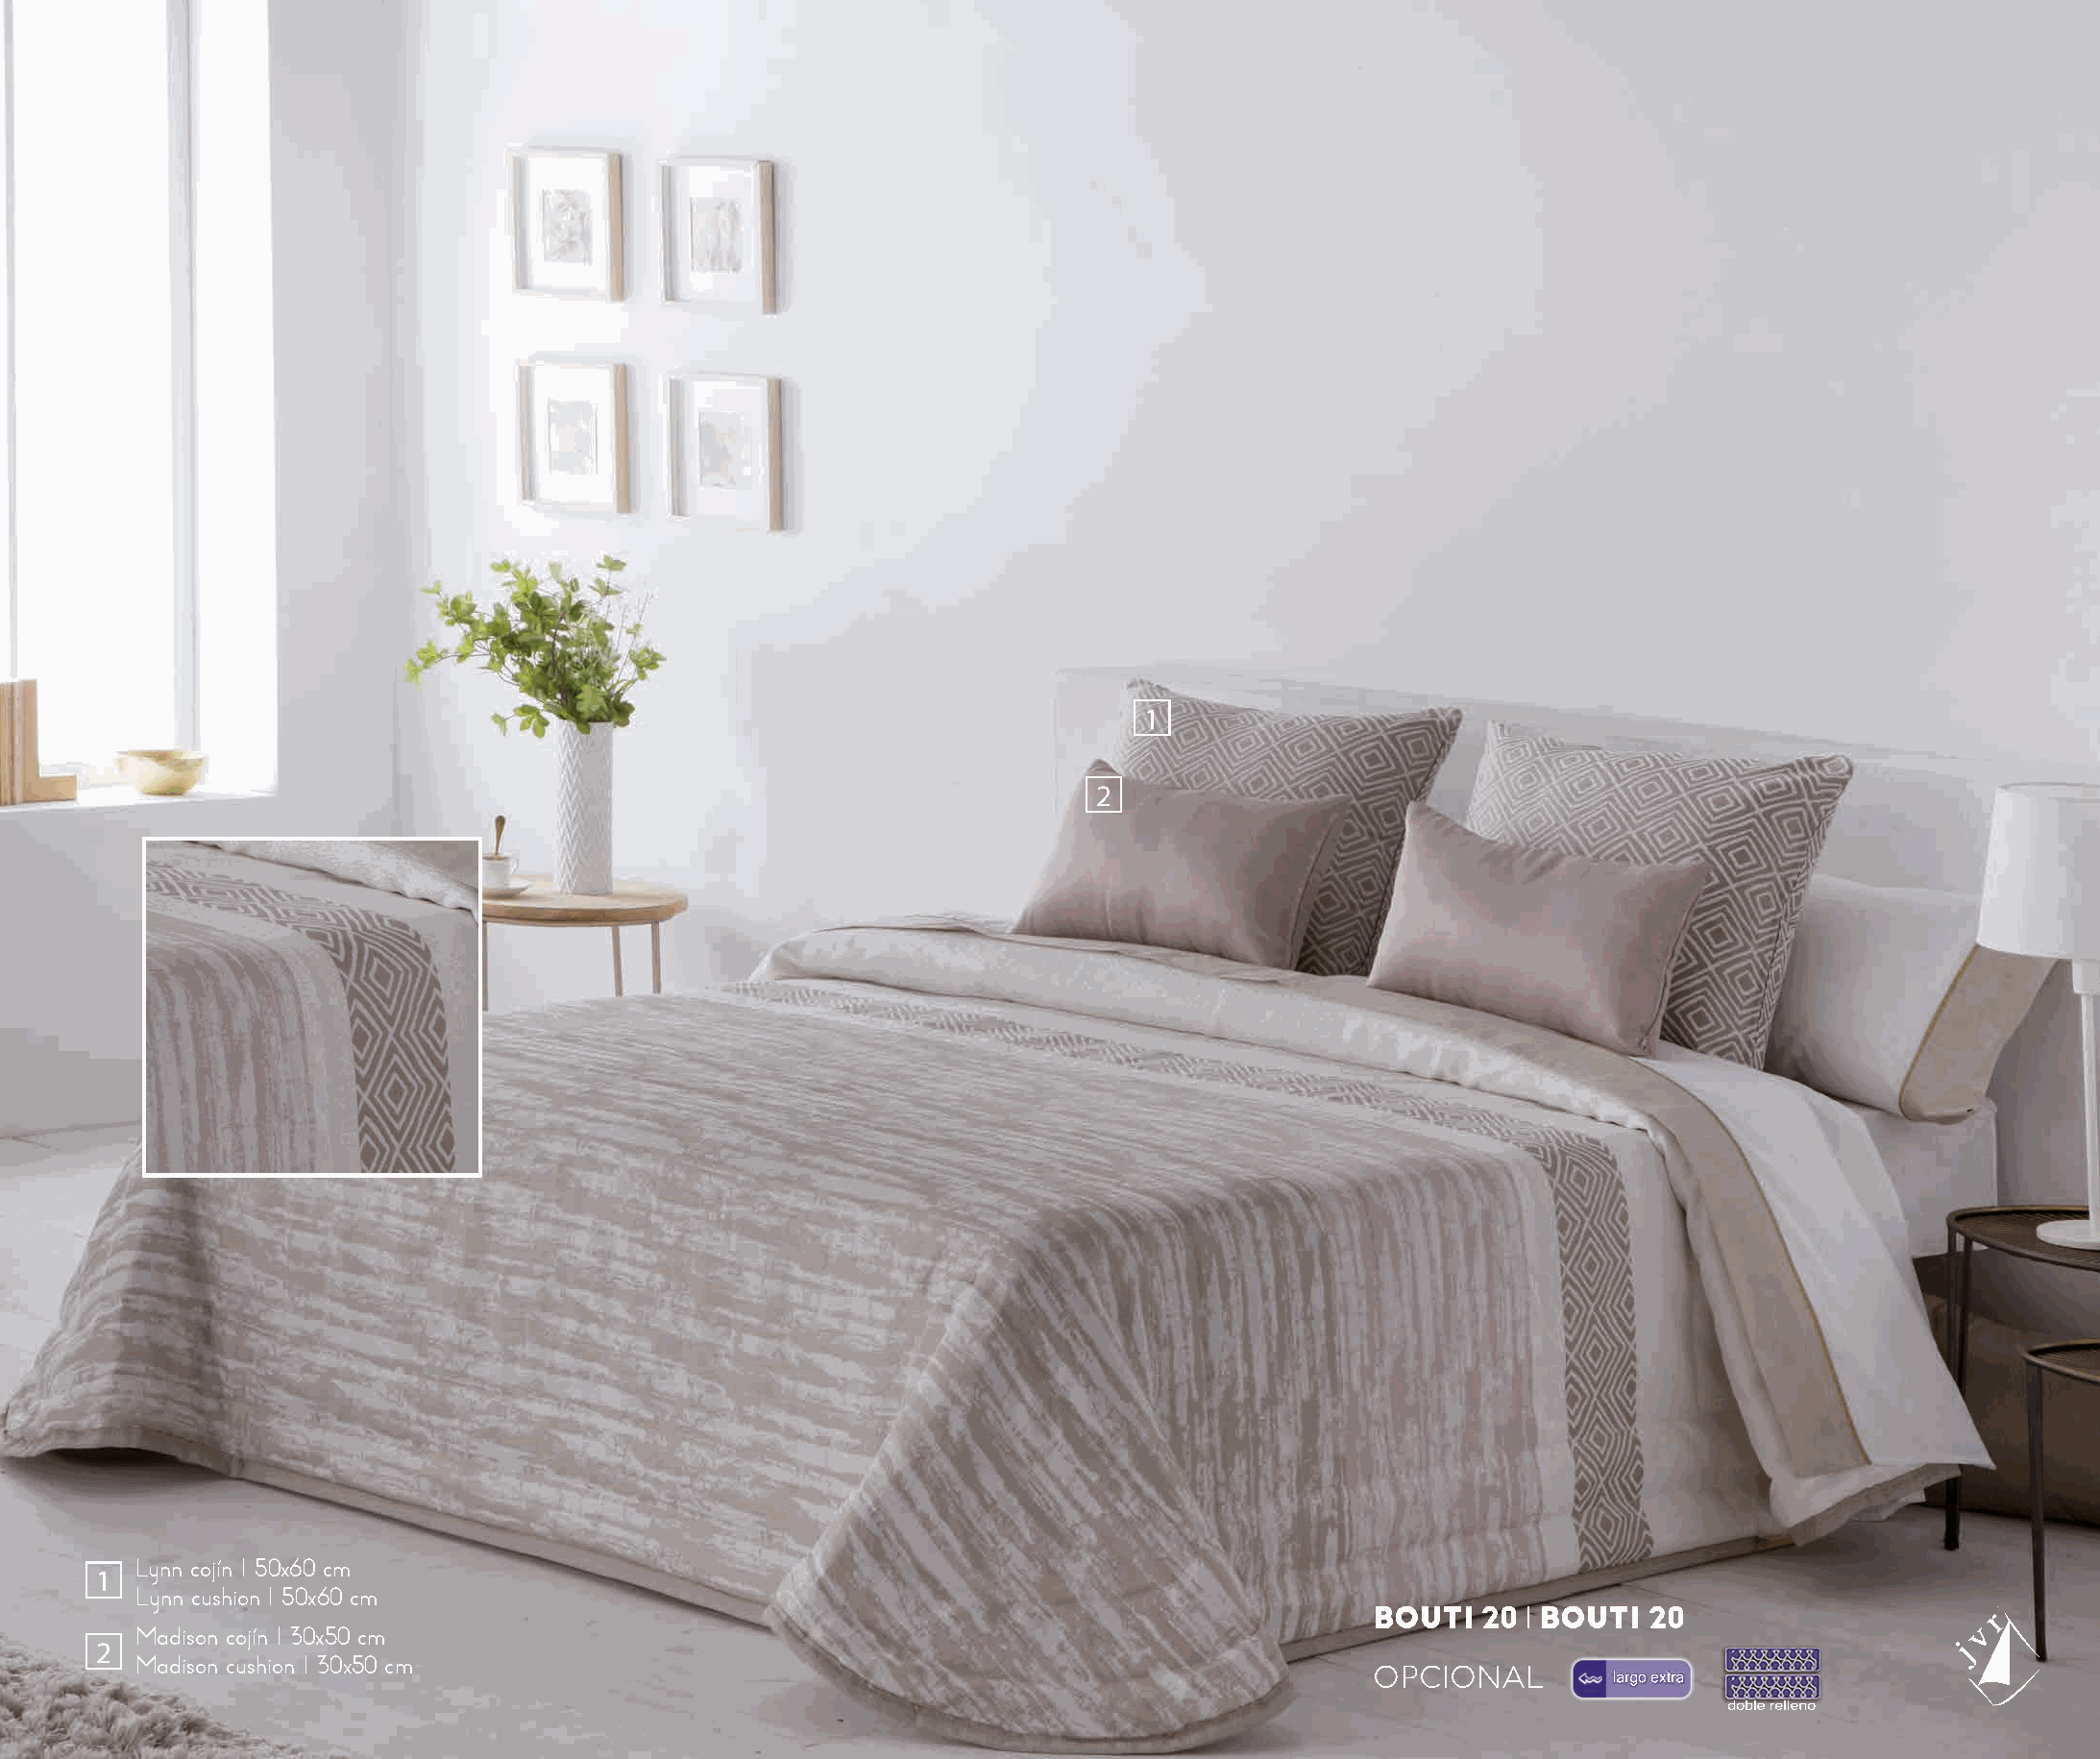
1
 2
 Lynn cojín I 50x60 cm
 1
 Lynn cushion I 50x60 cm
 BOUTI  20 l BOUTI  20
 Madison cojín I 30x50 cm
 2
 Madison cushion I 30x50 cm
 OPCIONAL        largo extra
 doble relleno